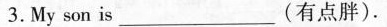
3.My son is ___ (有点胖).